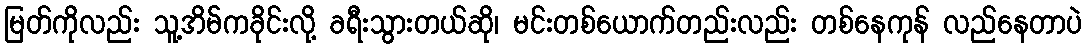
မြတ်ကိုလည်း သူ့အိမ်ကခိုင်းလို့ ခရီးသွားတယ်ဆို၊ မင်းတစ်ယောက်တည်းလည်း တစ်နေကုန် လည်နေတာပဲ